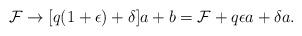
LaTeX: \begin{align*} \mathcal{F}\to [q(1+\epsilon)+\delta]a+b=\mathcal{F}+q\epsilon a+\delta a.\end{align*}